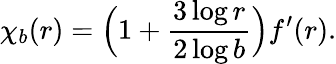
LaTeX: \chi_{b}(r)=\Big(1+\frac{3\log r}{2\log b}\Big)f^{\prime}(r).